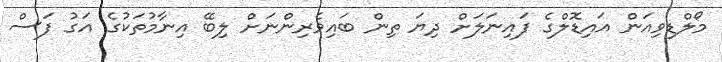
މޯލްޑިވިއަން އައިޑޮލްގެ ފައިނަލަށް ދިޔަ ތިން ބައިވެރިންނަށް ލިބޭ އިނާމުތަކުގެ އަގު ފަސް